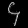
Digit: ၄